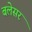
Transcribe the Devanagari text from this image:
बलेसर